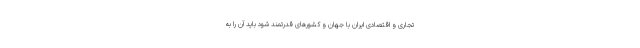
تجاری و اقتصادی ایران با جهان و کشورهای قدرتمند شود باید آن را به